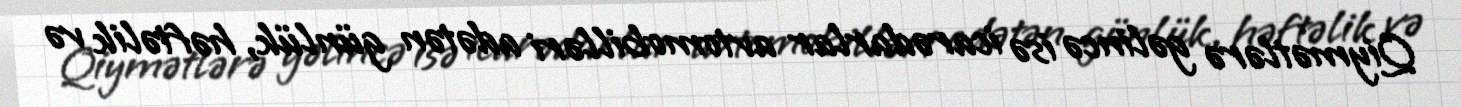
Qiymətlərə gəlincə isə icarədarlar avtomobilləri adətən günlük, həftəlik və